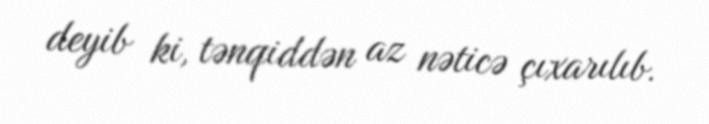
deyib ki, tənqiddən az nəticə çıxarılıb.